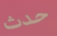
حدث